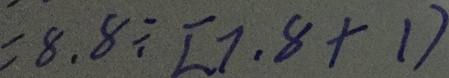
= 8 . 8 \div [ 7 . 8 + 1 )